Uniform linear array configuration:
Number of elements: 48
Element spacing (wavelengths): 1
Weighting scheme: hann
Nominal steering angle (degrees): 45
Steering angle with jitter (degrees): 45.978
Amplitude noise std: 0.05
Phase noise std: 0.05

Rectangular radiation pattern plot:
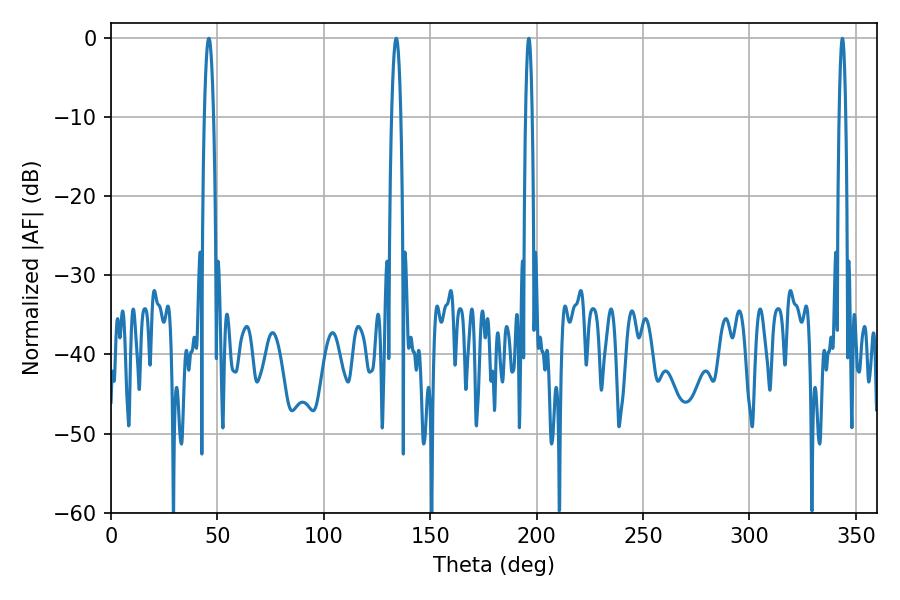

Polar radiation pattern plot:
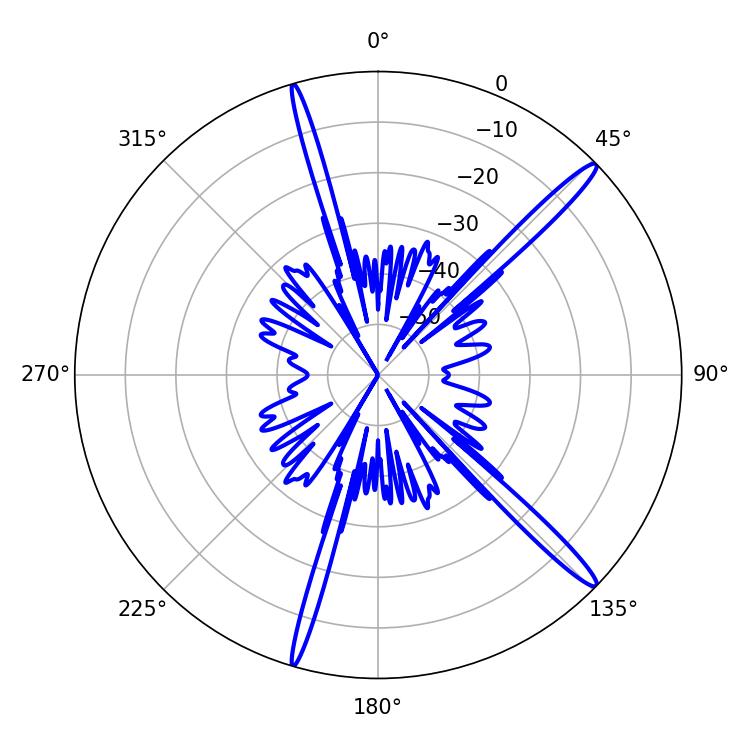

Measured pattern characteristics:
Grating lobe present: TRUE
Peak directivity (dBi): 16.281
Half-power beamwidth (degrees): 2.34
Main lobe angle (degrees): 45.9